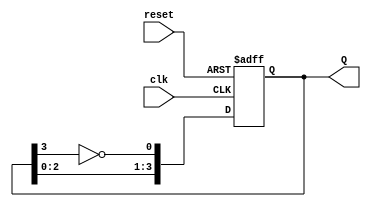
module JohnsonCounter #(parameter N = 4) (
    input wire clk,         // Clock input
    input wire reset,       // Asynchronous reset
    output reg [N-1:0] Q    // Output of the counter
);

// Internal signal for feedback
wire feedback;

// Assign feedback as the inverted MSB
assign feedback = ~Q[N-1];

// Always block to implement the Johnson counter
always @(posedge clk or posedge reset) begin
    if (reset) begin
        Q <= 0; // Reset the counter to 0
    end else begin
        // Shift the values and apply feedback
        Q <= {Q[N-2:0], feedback};
    end
end

endmodule